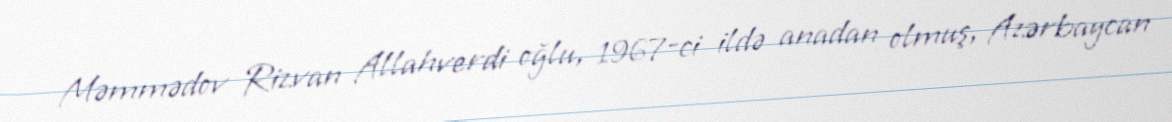
Məmmədov Rizvan Allahverdi oğlu, 1967-ci ildə anadan olmuş, Azərbaycan